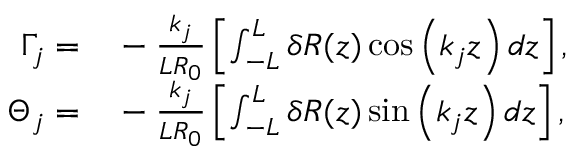
\begin{array} { r l } { \Gamma _ { j } = } & { { } - \frac { k _ { j } } { L R _ { 0 } } \left[ \int _ { - L } ^ { L } \delta R ( z ) \cos \left( k _ { j } z \right) d z \right] , } \\ { \Theta _ { j } = } & { { } - \frac { k _ { j } } { L R _ { 0 } } \left[ \int _ { - L } ^ { L } \delta R ( z ) \sin \left( k _ { j } z \right) d z \right] , } \end{array}